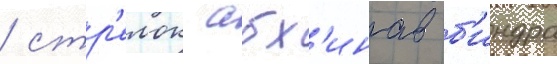
/ стр'елок абх'инав б'индра